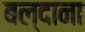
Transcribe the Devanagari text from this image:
बल्दाना